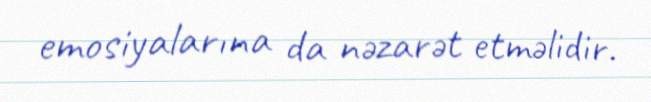
emosiyalarına da nəzarət etməlidir.